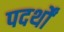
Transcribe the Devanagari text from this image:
पदर्थों